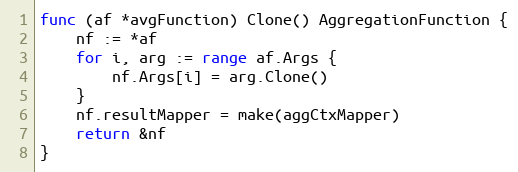
Language: Go
func (af *avgFunction) Clone() AggregationFunction {
	nf := *af
	for i, arg := range af.Args {
		nf.Args[i] = arg.Clone()
	}
	nf.resultMapper = make(aggCtxMapper)
	return &nf
}